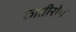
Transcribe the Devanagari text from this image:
छातीरोग